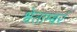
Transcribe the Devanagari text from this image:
श्वेताम्बरं